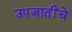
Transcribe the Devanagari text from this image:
उपजातींचे